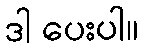
ဒါ ပေးပါ။